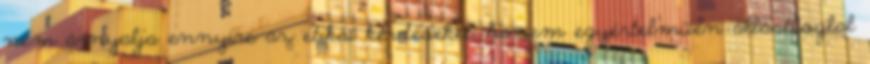
nem árnyalja ennyire az etikai kérdéseket, hanem egyértelműen állástfoglal